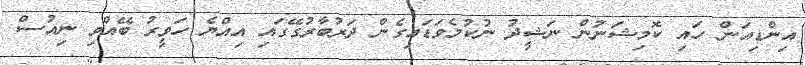
އިންޑިއަން ހައި ކޮމިޝަނުން ނަޝީދު ނުކުމެވަޑައިގެން ދަރުބާރުގޭގައި އިއްޔެ ހަވީރު ބޭއްވި ނިއުސް